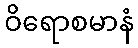
ဝိရောစမာနံ